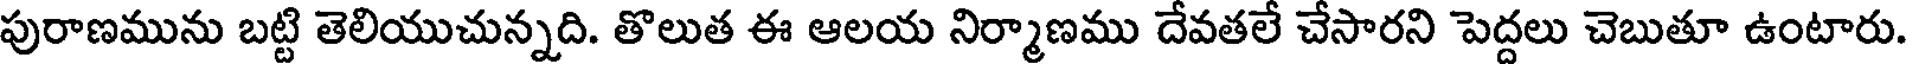
పురాణమును బట్టి తెలియుచున్నది. తొలుత ఈ ఆలయ నిర్మాణము దేవతలే చేసారని పెద్దలు చెబుతూ ఉంటారు.